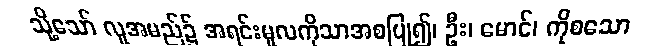
သို့သော် လူအမည်၌ အရင်းမူလကိုသာအစပြု၍၊ ဦး၊ မောင်၊ ကိုစသော